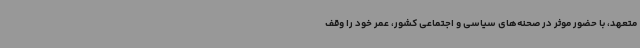
متعهد، با حضور موثر در صحنه‌های سیاسی و اجتماعی کشور، عمر خود را وقف